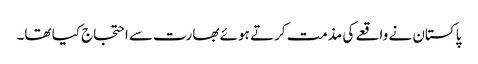
پاکستان نے واقعے کی مذمت کرتے ہوئے بھارت سے احتجاج کیا تھا۔